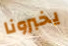
يخبرونا